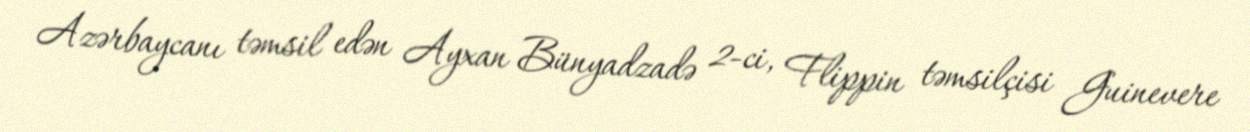
Azərbaycanı təmsil edən Ayxan Bünyadzadə 2-ci, Flippin təmsilçisi Guinevere